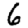
Digit: 6